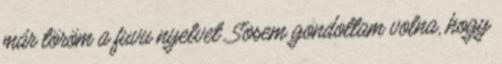
már töröm a fuvu nyelvet. Sosem gondoltam volna, hogy